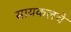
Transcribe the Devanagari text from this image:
सायकलचे